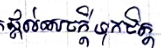
ផ្តល់សេចក្តីទុកចិត្ត